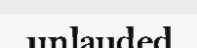
unlauded